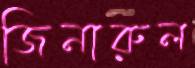
জিনারুল